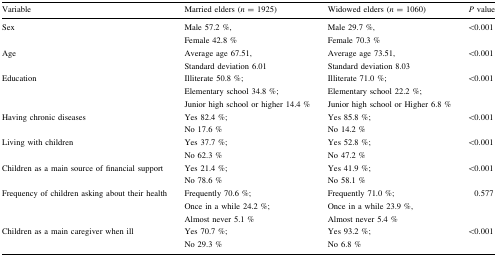
<table><thead><tr><td><b>Variable</b></td><td><b>Married elders (<i>n</i> = 1925)</b></td><td><b>Widowed elders (<i>n</i> = 1060)</b></td><td><b><i>P</i> value</b></td></tr></thead><tbody><tr><td>Sex</td><td>Male 57.2 %,Female 42.8 %</td><td>Male 29.7 %,Female 70.3 %</td><td>&lt;0.001</td></tr><tr><td>Age</td><td>Average age 67.51,Standard deviation 6.01</td><td>Average age 73.51,Standard deviation 8.03</td><td>&lt;0.001</td></tr><tr><td>Education</td><td>Illiterate 50.8 %;Elementary school 34.8 %;Junior high school or higher 14.4 %</td><td>Illiterate 71.0 %;Elementary school 22.2 %;Junior high school or Higher 6.8 %</td><td>&lt;0.001</td></tr><tr><td>Having chronic diseases</td><td>Yes 82.4 %;No 17.6 %</td><td>Yes 85.8 %;No 14.2 %</td><td>&lt;0.001</td></tr><tr><td>Living with children</td><td>Yes 37.7 %;No 62.3 %</td><td>Yes 52.8 %;No 47.2 %</td><td>&lt;0.001</td></tr><tr><td>Children as a main source of financial support</td><td>Yes 21.4 %;No 78.6 %</td><td>Yes 41.9 %;No 58.1 %</td><td>&lt;0.001</td></tr><tr><td>Frequency of children asking about their health</td><td>Frequently 70.6 %;Once in a while 24.2 %;Almost never 5.1 %</td><td>Frequently 71.0 %;Once in a while 23.9 %,Almost never 5.4 %</td><td>0.577</td></tr><tr><td>Children as a main caregiver when ill</td><td>Yes 70.7 %;No 29.3 %</td><td>Yes 93.2 %;No 6.8 %</td><td>&lt;0.001</td></tr></tbody></table>